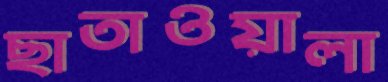
ছাতাওয়ালা